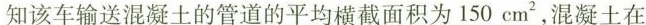
知该车输送混凝土的管道的平均横截面积为150cm^{2}，混凝土在